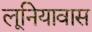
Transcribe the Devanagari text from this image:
लूनियावास